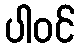
ပါဝင်